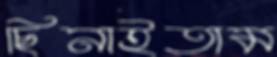
ছিনাইতাম